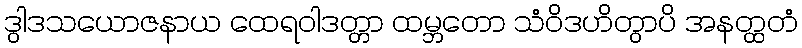
ဒွါဒသယောဇနာယ ထေရဝါဒတ္တာ ထမ္ဘတော သံဝိဒဟိတွာပိ အနတ္ထတံ